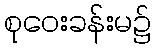
စုဝေးခန်းမ၌